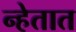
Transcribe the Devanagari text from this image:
न्हेतात